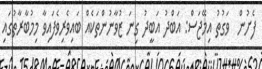
ފެށުން  ވަގުތު އިމޭޖަސް: އަބްދު އަބީދު ގިނަ ޒުވާނުންތަކެއް ބައިވެރިވެފައިވާ މިމުބާރާތުގައި